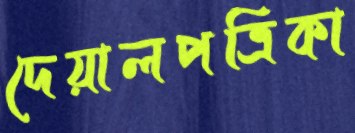
দেয়ালপত্রিকা